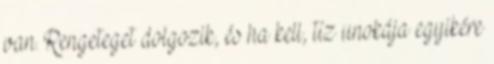
van. Rengeteget dolgozik, és ha kell, tíz unokája egyikére